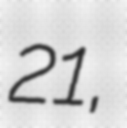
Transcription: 21,